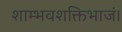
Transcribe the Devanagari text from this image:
शाम्भवशक्तिभाजं।